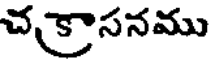
చక్రాసనము